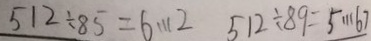
5 1 2 \div 8 5 = 6 \cdots 2 5 1 2 \div 8 9 = 5 \cdots 6 7